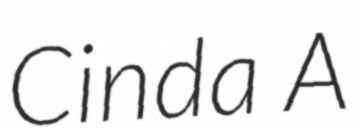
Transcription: Cinda A